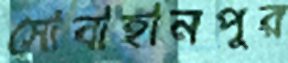
সোবাহানপুর